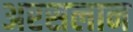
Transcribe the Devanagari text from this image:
अरसलान